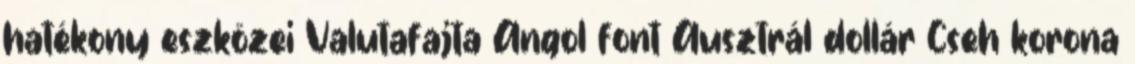
hatékony eszközei Valutafajta Angol font Ausztrál dollár Cseh korona